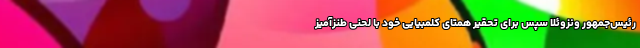
رئیس‌جمهور ونزوئلا سپس برای تحقیر همتای کلمبیایی خود با لحنی طنزآمیز